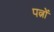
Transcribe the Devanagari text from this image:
पत्नों